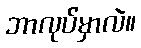
ဘာလုပ်မှာလဲ။